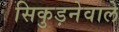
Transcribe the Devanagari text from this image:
सिकुड़नेवाले